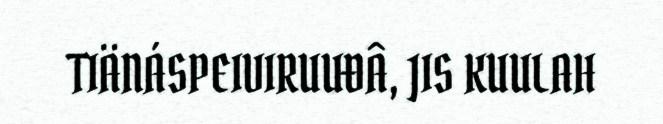
TIÄNÁSPEIVIRUUĐÂ, JIS KUULAH